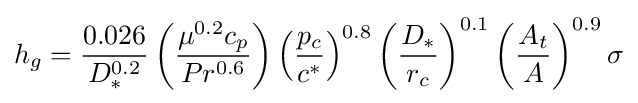
h_{g}={\frac {0.026}{D_{*}^{0.2}}}\left({\frac {\mu ^{0.2}c_{p}}{Pr^{0.6}}}\right)\left({\frac {p_{c}}{c^{*}}}\right)^{0.8}\left({\frac {D_{*}}{r_{c}}}\right)^{0.1}\left({\frac {A_{t}}{A}}\right)^{0.9}\sigma